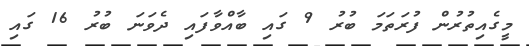
މީގެއިތުރުން ފުރަތަމަ ބުރު 9 ގައި ބާއްވާފައި ދެވަނަ ބުރު 16 ގައި